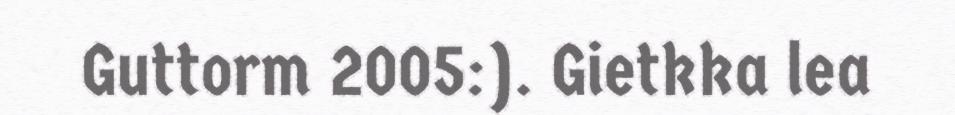
Guttorm 2005:). Gietkka lea